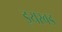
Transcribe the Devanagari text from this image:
इयरबड